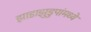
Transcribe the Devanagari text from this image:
झाडाझुडुपांमध्ये